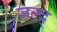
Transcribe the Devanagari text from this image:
जल्द्